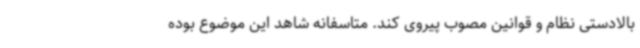
بالادستی نظام و قوانین مصوب پیروی کند. متاسفانه شاهد این موضوع بوده